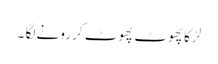
لڑکا پھوٹ پھوٹ کر رونے لگا ۔